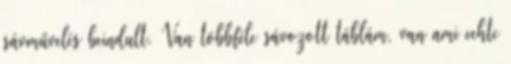
sávművelés beindult. Van többféle sávozott táblám, van ami echte